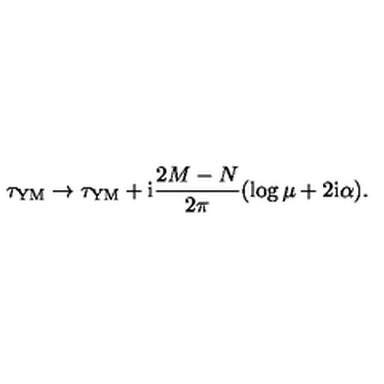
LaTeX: \tau _ { \mathrm { Y M } } \rightarrow \tau _ { \mathrm { Y M } } + \mathrm { i } \frac { 2 M - N } { 2 \pi } ( \log \mu + 2 \mathrm { i } \alpha ) .